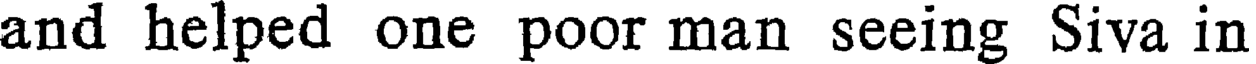
and helped one poor man seeing Siva in